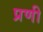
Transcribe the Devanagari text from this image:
प्रणी